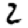
Digit: 2